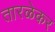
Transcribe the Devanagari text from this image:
तारळेकर